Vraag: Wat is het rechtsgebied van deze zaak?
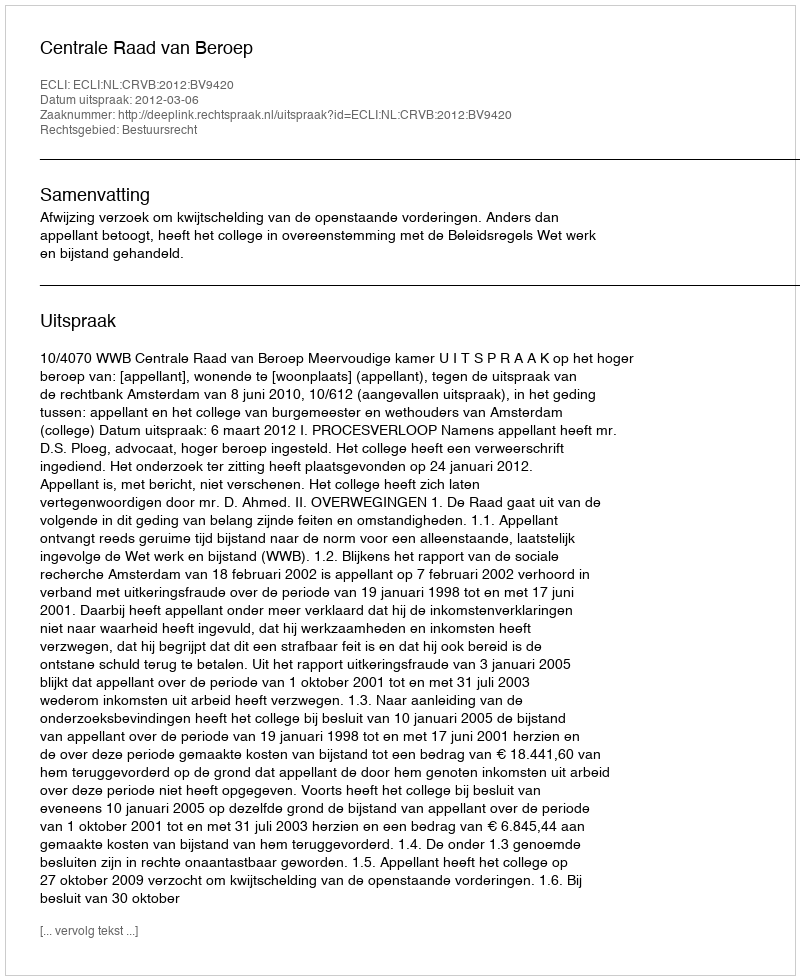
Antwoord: Bestuursrecht